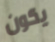
يكون